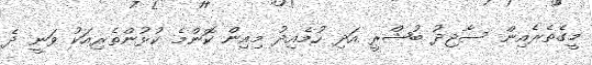
މީގެތެރެއިން ސާޖިދު ބުޝްރީ އަދި ހުމެއިދު މިއިން ކޮންމެ ކުޅުންތެެރިއަކު ވަނީ ދެ